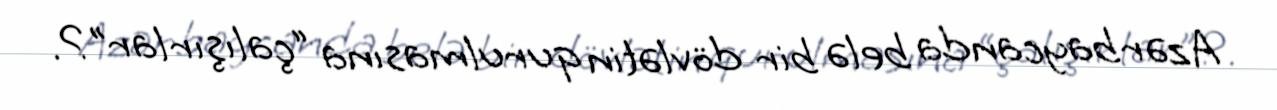
Azərbaycanda belə bir dövlətin qurulmasına “çalışırlar”?.